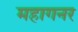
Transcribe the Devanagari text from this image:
महागनर